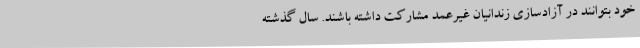
خود بتوانند در آزادسازی زندانیان غیرعمد مشارکت داشته باشند. سال گذشته